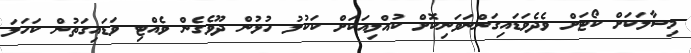
މިސާލަކަށް ކޯޓަށް ވެދެވަޑައިގަންނަވަނިކޮށް ކުއްލިއަކަށް ކަކުލު ހުޅުން ދޫވެގެން ވެއްޓި ވަޑައިގަތުން ކަހަލަ